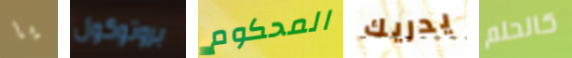
يا بروتوكول المحكوم يدريك كالحلم